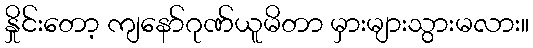
နှိုင်းတော့ ကျနော်ဂုဏ်ယူမိတာ မှားများသွားမလား။